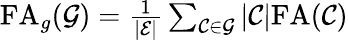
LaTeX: \begin{array}{r}{\mathrm{FA}_{g}(\mathcal{G})=\frac{1}{\left|\mathcal{E}\right|}\sum_{\mathcal{C}\in\mathcal{G}}|\mathcal{C}|\mathrm{FA}(\mathcal{C})}\end{array}